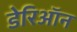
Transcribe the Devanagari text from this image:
डेरिऑन